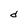
Character: d